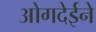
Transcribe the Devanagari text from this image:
ओगदेईने